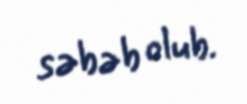
səbəb olub.